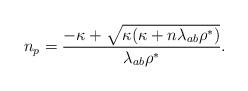
LaTeX: \begin{align*}n_p=\frac{-\kappa+\sqrt{\kappa(\kappa+n\lambda_{ab}\rho^\ast)}}{\lambda_{ab}\rho^\ast}.\end{align*}